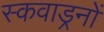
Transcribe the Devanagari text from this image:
स्कवाड्रनों